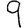
Digit: 9